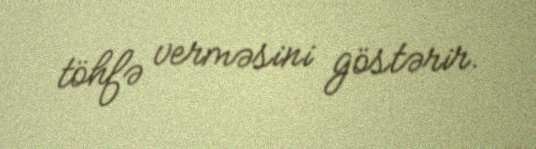
töhfə verməsini göstərir.